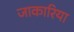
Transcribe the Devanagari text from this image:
जाकारिया